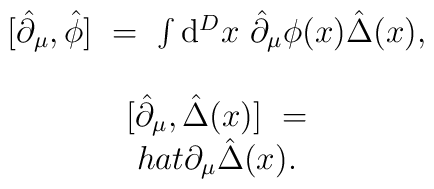
\begin{array}{c}\big[\hat{\partial}_\mu,\hat{\phi}\big] \ = \ \int\mathrm{d}^Dx \ \hat{\partial}_\mu\phi(x)\hat{\Delta}(x),\\\\\big[\hat{\partial}_\mu,\hat{\Delta}(x)\big] \ = \\hat{\partial}_\mu\hat{\Delta}(x).\end{array}